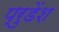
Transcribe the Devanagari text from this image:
प्रुडेंश